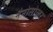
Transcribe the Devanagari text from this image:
नैनोसोलर